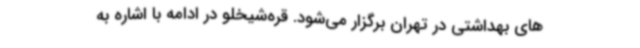
های بهداشتی در تهران برگزار می‌شود. قره‌شیخلو در ادامه با اشاره به